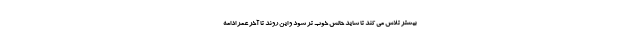
بیشتر تلاش می کند تا شاید حالش خوب تر شود و این روند تا آخر عمر ادامه